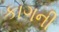
કાગની